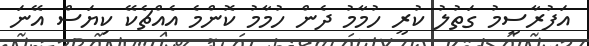
އަފުރާސީމު ގަތުލު ކުރީ ހުމާމު ދެން ހުމާމު ކޮންމެ އެއްޗެކޭ ކިޔަސް އޭނަ